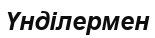
Үнділермен